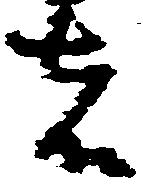
者